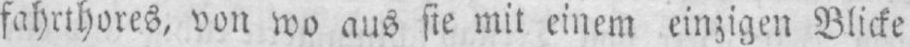
fahrthores, von wo aus sie mit einem einzigen Blicke